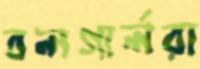
বলগার্লরা